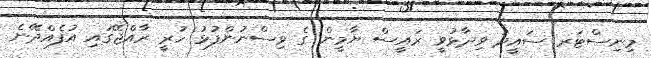
މިނިސްޓަރ ސައީދު ވިދާޅުވީ ރައީސް ޔާމީން ގެ ވިސްނުންފުުޅު ހުރީ ރާއްޖޭގައި އުފެއްދޭނެ